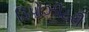
ડિપોઝીટરી